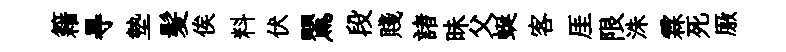
籍㝵墊髪俟料伏鸎段賤諸昧父蜒客厓限洙霖死厫